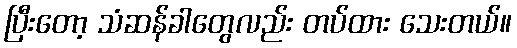
ပြီးတော့ သံဆန်ခါတွေလည်း တပ်ထား သေးတယ်။